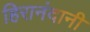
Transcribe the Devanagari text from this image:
हिरानंदानी